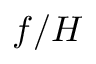
f / H